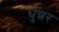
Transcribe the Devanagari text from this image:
धुन्नर